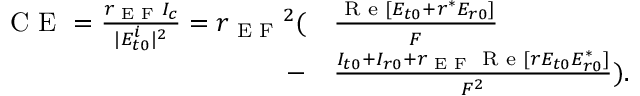
\begin{array} { r l } { \textrm { C E } = \frac { r _ { \textrm { E F } } I _ { c } } { | E _ { t 0 } ^ { i } | ^ { 2 } } = { r _ { \textrm { E F } } } ^ { 2 } ( } & { { } \frac { \textrm { R e } [ E _ { t 0 } + r ^ { * } E _ { r 0 } ] } { F } } \\ { - } & { { } \frac { I _ { t 0 } + I _ { r 0 } + r _ { \textrm { E F } } \textrm { R e } [ r E _ { t 0 } E _ { r 0 } ^ { * } ] } { F ^ { 2 } } ) . } \end{array}